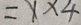
= 1 \times 4